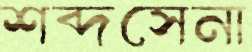
শব্দসেনা